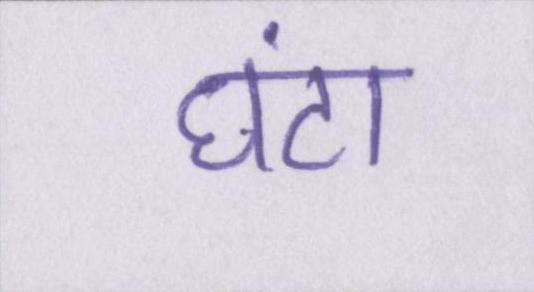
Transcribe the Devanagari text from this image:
घंटा